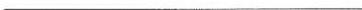
___